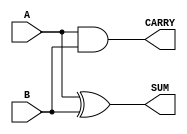
module Parameterized_Half_Adder #(
    parameter WIDTH = 1  // Parameter to define the bit-width of inputs and outputs
)(
    input  [WIDTH-1:0] A,  // First input
    input  [WIDTH-1:0] B,  // Second input
    output [WIDTH-1:0] SUM, // Sum output
    output [WIDTH-1:0] CARRY // Carry output
);

    // Combinational logic for half-adder
    assign SUM = A ^ B;     // SUM is the XOR of A and B
    assign CARRY = A & B;   // CARRY is the AND of A and B

endmodule